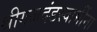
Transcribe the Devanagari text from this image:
श्रीगजदंडस्वामींना